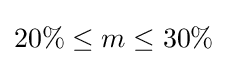
20\%\leq m\leq 30\%